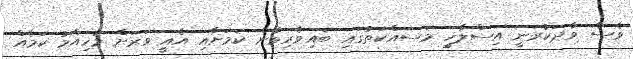
ވެސް ވާދަކުރަނީ އިސްލާހީ މަސައްކަތުގައި ބައިވެރިވާން ކަމަށާއި އެއީ ވަރަށް މުހިއްމު ކަމެއް